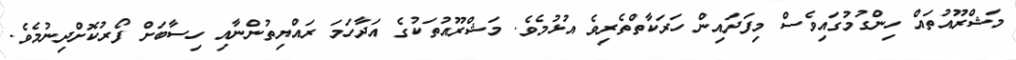
މަޝްރޫއުތައް ހިންގުމުގައިވެސް މިފަދައިން ހަރަކާތްތެރިވެ އުޅުމެވެ. މަޝްރޫއުތަކުގެ އަދާހަމަ ރައްޔިތުންނާއި ހިސާބަށް ފޯރުކޮށްދިނުމެވެ.